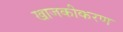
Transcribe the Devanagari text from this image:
खाजकीकरण